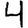
Digit: 4